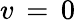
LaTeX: v\, =\, 0